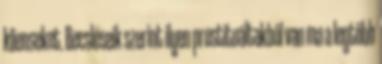
klienseket. Becsléseik szerint ilyen prostituáltakból van ma a legtöbb